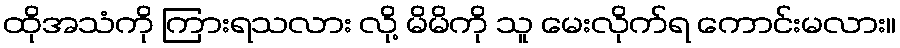
ထိုအသံကို ကြားရသလား လို့ မိမိကို သူ မေးလိုက်ရ ကောင်းမလား။